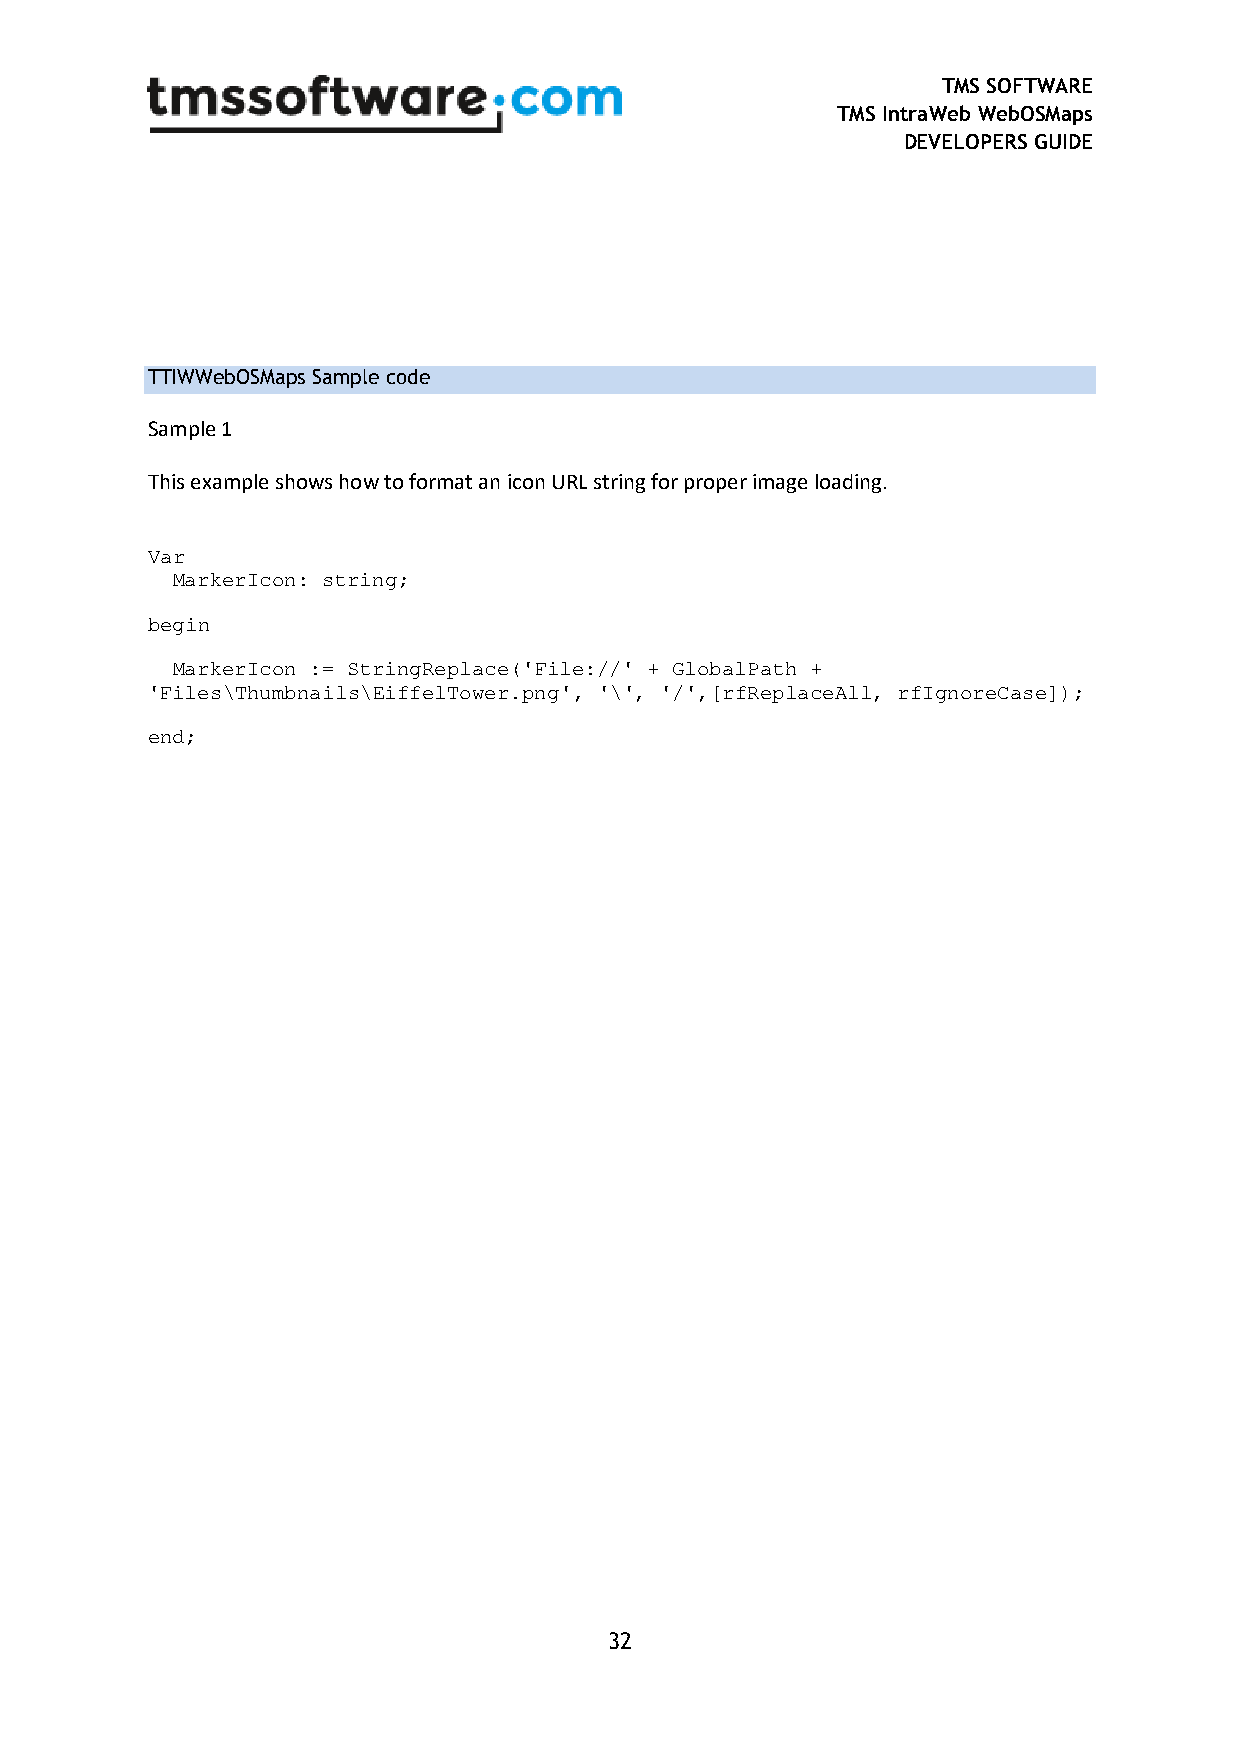
TMS SOFTWARE
 TMS IntraWeb WebOSMaps
 DEVELOPERS GUIDE
 TTIWWebOSMaps Sample code
 Sample 1
 This example shows how to format an icon URL string for proper image loading.
 Var
 MarkerIcon: string;
 begin
 MarkerIcon := StringReplace('File://' + GlobalPath +
 'Files\Thumbnails\EiffelTower.png', '\', '/',[rfReplaceAll, rfIgnoreCase]);
 end;
 32